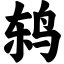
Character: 鸫